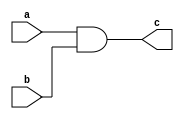
module compuerta_and(a,b,c);
	input a;
	input b;
	output reg c;
	
	always @(a,b)
		begin
			c = a & b;
		
		end
		
endmodule